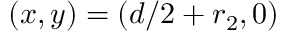
( x , y ) = ( d / 2 + r _ { 2 } , 0 )